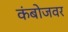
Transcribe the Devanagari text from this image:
कंबोजवर